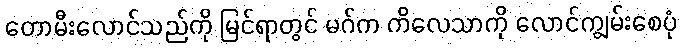
တောမီးလောင်သည်ကို မြင်ရာတွင် မဂ်က ကိလေသာကို လောင်ကျွမ်းစေပုံ